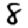
Digit: 8